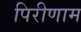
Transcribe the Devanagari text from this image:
पिरीणाम